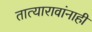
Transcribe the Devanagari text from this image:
तात्यारावांनाही